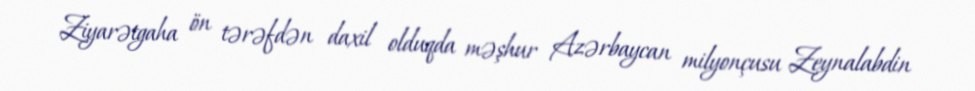
Ziyarətgaha ön tərəfdən daxil olduqda məşhur Azərbaycan milyonçusu Zeynalabdin